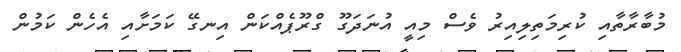
މުބާރާތާއި ކުރިމަތިލިއިރު ވެސް މިއީ އުނަދަގޫ ގްރޫޕެއްކަން އިނގޭ ކަމަށާއި އެހެން ކަމުން